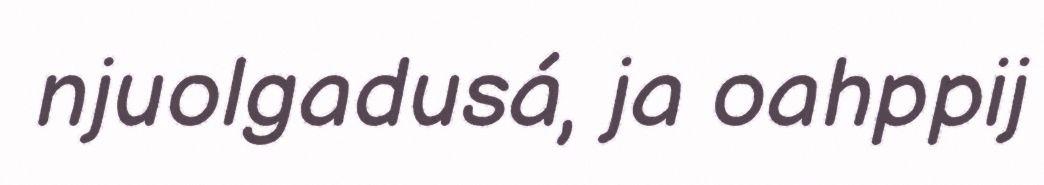
njuolgadusá, ja oahppij